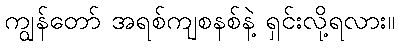
ကျွန်တော် အရစ်ကျစနစ်နဲ့ ရှင်းလို့ရလား။